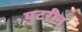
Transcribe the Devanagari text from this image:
युटरीन